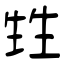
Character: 甡